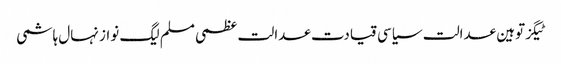
ٹیگزتوہین عدالت سیاسی قیادت عدالت عظمی مسلم لیگ نواز نہال ہاشمی